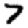
Digit: 7